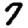
Digit: 7